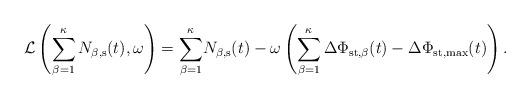
LaTeX: \begin{align*}\mathcal{L}\left(\sum_{\beta=1}^{\kappa} N_{\beta,\rm{s}}(t), \omega \right) = \sum_{\beta=1}^{\kappa} &N_{\beta,\rm{s}}(t) - \omega \left( \sum_{\beta=1}^{\kappa} \Delta \Phi_{\rm{st},\beta}(t) - \Delta \Phi_{\rm{st},\max}(t) \right).\end{align*}